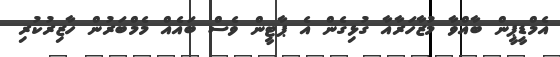
އެމްޑީޕީން ބާއްވާ މުޒާހަރާއާ ގުޅިގެން އެ ޕާޓީން ވެސް ބައެއް މެމްބަރުން ހާޒިރުކުރި